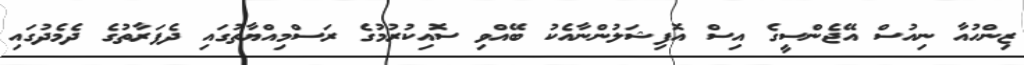
ޒިންހުއާ ނިއުސް އޭޖެންސީގެ އިސް އޮފިޝަލުންނާއެކު ބޭއްވި ސޮއިކުރުމުގެ ރަސްމިއްޔާތުގައި ދެފަރާތުގެ ދެމެދުގައި